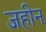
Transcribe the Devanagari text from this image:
जहीन